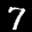
Label: 7